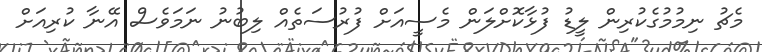
މެޗު ނިމުމުގެކުރިން ލީޑު ފުޅާކޮށްލަން މެސީއަށް ފުރުސަތެއް ލިބުނު ނަމަވެސް އޭނާ ކުރިއަށް